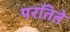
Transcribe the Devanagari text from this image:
परतिते